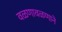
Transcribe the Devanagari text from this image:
वळणावळणाने